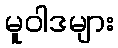
မူဝါဒများ